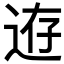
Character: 𨒸